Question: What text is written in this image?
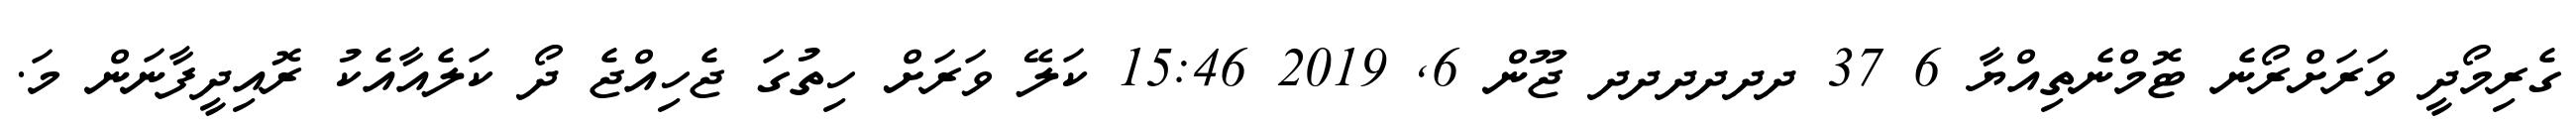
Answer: ގެރިމޯދީ ވަރަށްރޯނެ ޓޮމްނެތިއްޔާ 6 37 ދދދދދދ ޖޫން 6, 2019 15:46 ކަލޭ ވަރަށް ހިތުގަ ޖެހިއްޖެ ދޯ ކަލެއާއެކު ރޮއިދީފާނަން މަ.